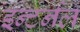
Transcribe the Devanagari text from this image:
इन्टर्नल